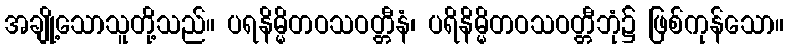
အချို့သောသူတို့သည်။ ပရနိမ္မိတဝသဝတ္တီနံ၊ ပရိနိမ္မိတဝသဝတ္တီဘုံ၌ ဖြစ်ကုန်သော။